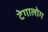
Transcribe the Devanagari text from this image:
टेगालोग